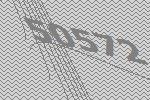
50572